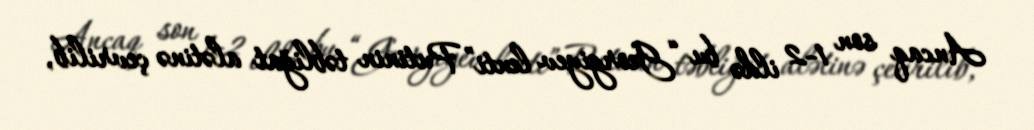
Ancaq son 1-2 ildə bu “Georgiyev lenti” Putinin təbliğat alətinə çevrilib,